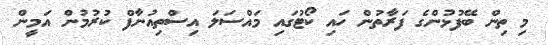
މި ތިން ބޭފުޅުންގެ ފަރާތުން ހައި ކޯޓުގައި މައްސަލަ އިސްތިއުނާފް ކުރުމުން އަމީން